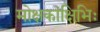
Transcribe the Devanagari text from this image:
मोक्षकांक्षिभिः